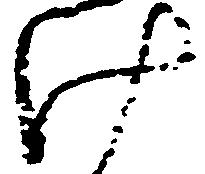
け